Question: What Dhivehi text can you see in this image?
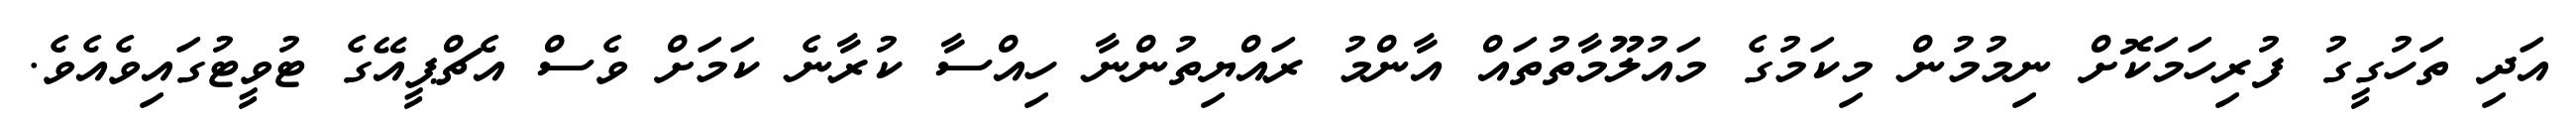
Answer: އަދި ތަހުގީގު ފުރިހަމަކޮށް ނިމުމުން މިކަމުގެ މައުލޫމާތުތައް އާންމު ރައްޔިތުންނާ ހިއްސާ ކުރާނެ ކަމަށް ވެސް އެޗްޕީއޭގެ ޓުވީޓުގައިވެއެވެ.